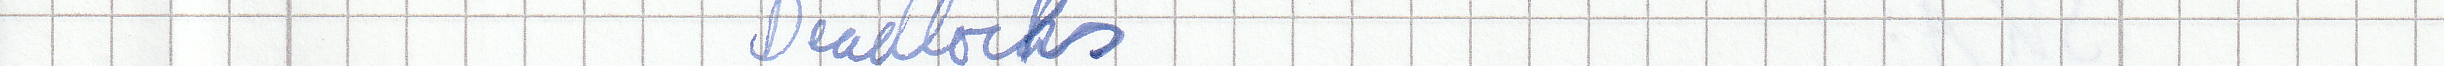
Deadlocks